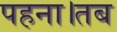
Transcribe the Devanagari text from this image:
पहना।तब